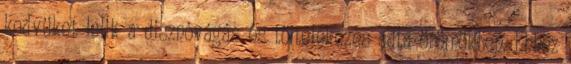
kedvüket lelik a disznóvágás és töltelékezés adta örömökben. Ehhez